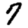
Digit: 7